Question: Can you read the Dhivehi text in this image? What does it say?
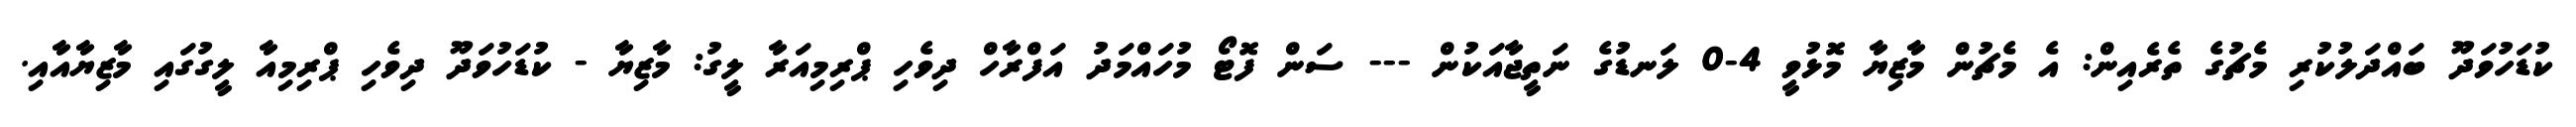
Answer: ކުޑަހުވަދޫ ބައްދަލުކުރި މެޗުގެ ތެރެއިން: އެ މެޗުން މާޒިޔާ މޮޅުވީ 4-0 ލަނޑުގެ ނަތީޖާއަކުން --- ސަން ފޮޓޯ މުހައްމަދު އަފްރާހް ދިވެހި ޕްރިމިއަރާ ލީގު: މާޒިޔާ - ކުޑަހުވަދޫ ދިވެހި ޕްރިމިއާ ލީގުގައި މާޒިޔާއާއި.